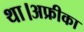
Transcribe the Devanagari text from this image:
था।अफ्रीका